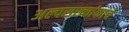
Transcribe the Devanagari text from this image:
अल्पसख्यांकांचे